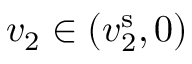
v _ { 2 } \in ( v _ { 2 } ^ { \mathrm { s } } , 0 )